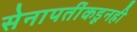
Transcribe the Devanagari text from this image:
सेनापतींकडूनही